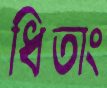
ধিতাং